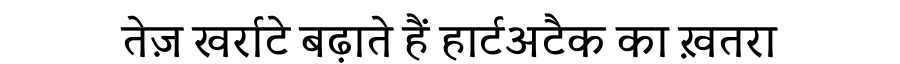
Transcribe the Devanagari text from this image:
तेज़ खर्राटे बढ़ाते हैं हार्टअटैक का ख़तरा